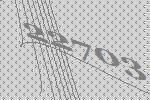
22703